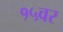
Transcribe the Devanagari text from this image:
१५वर